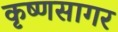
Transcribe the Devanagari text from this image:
कृष्णसागर